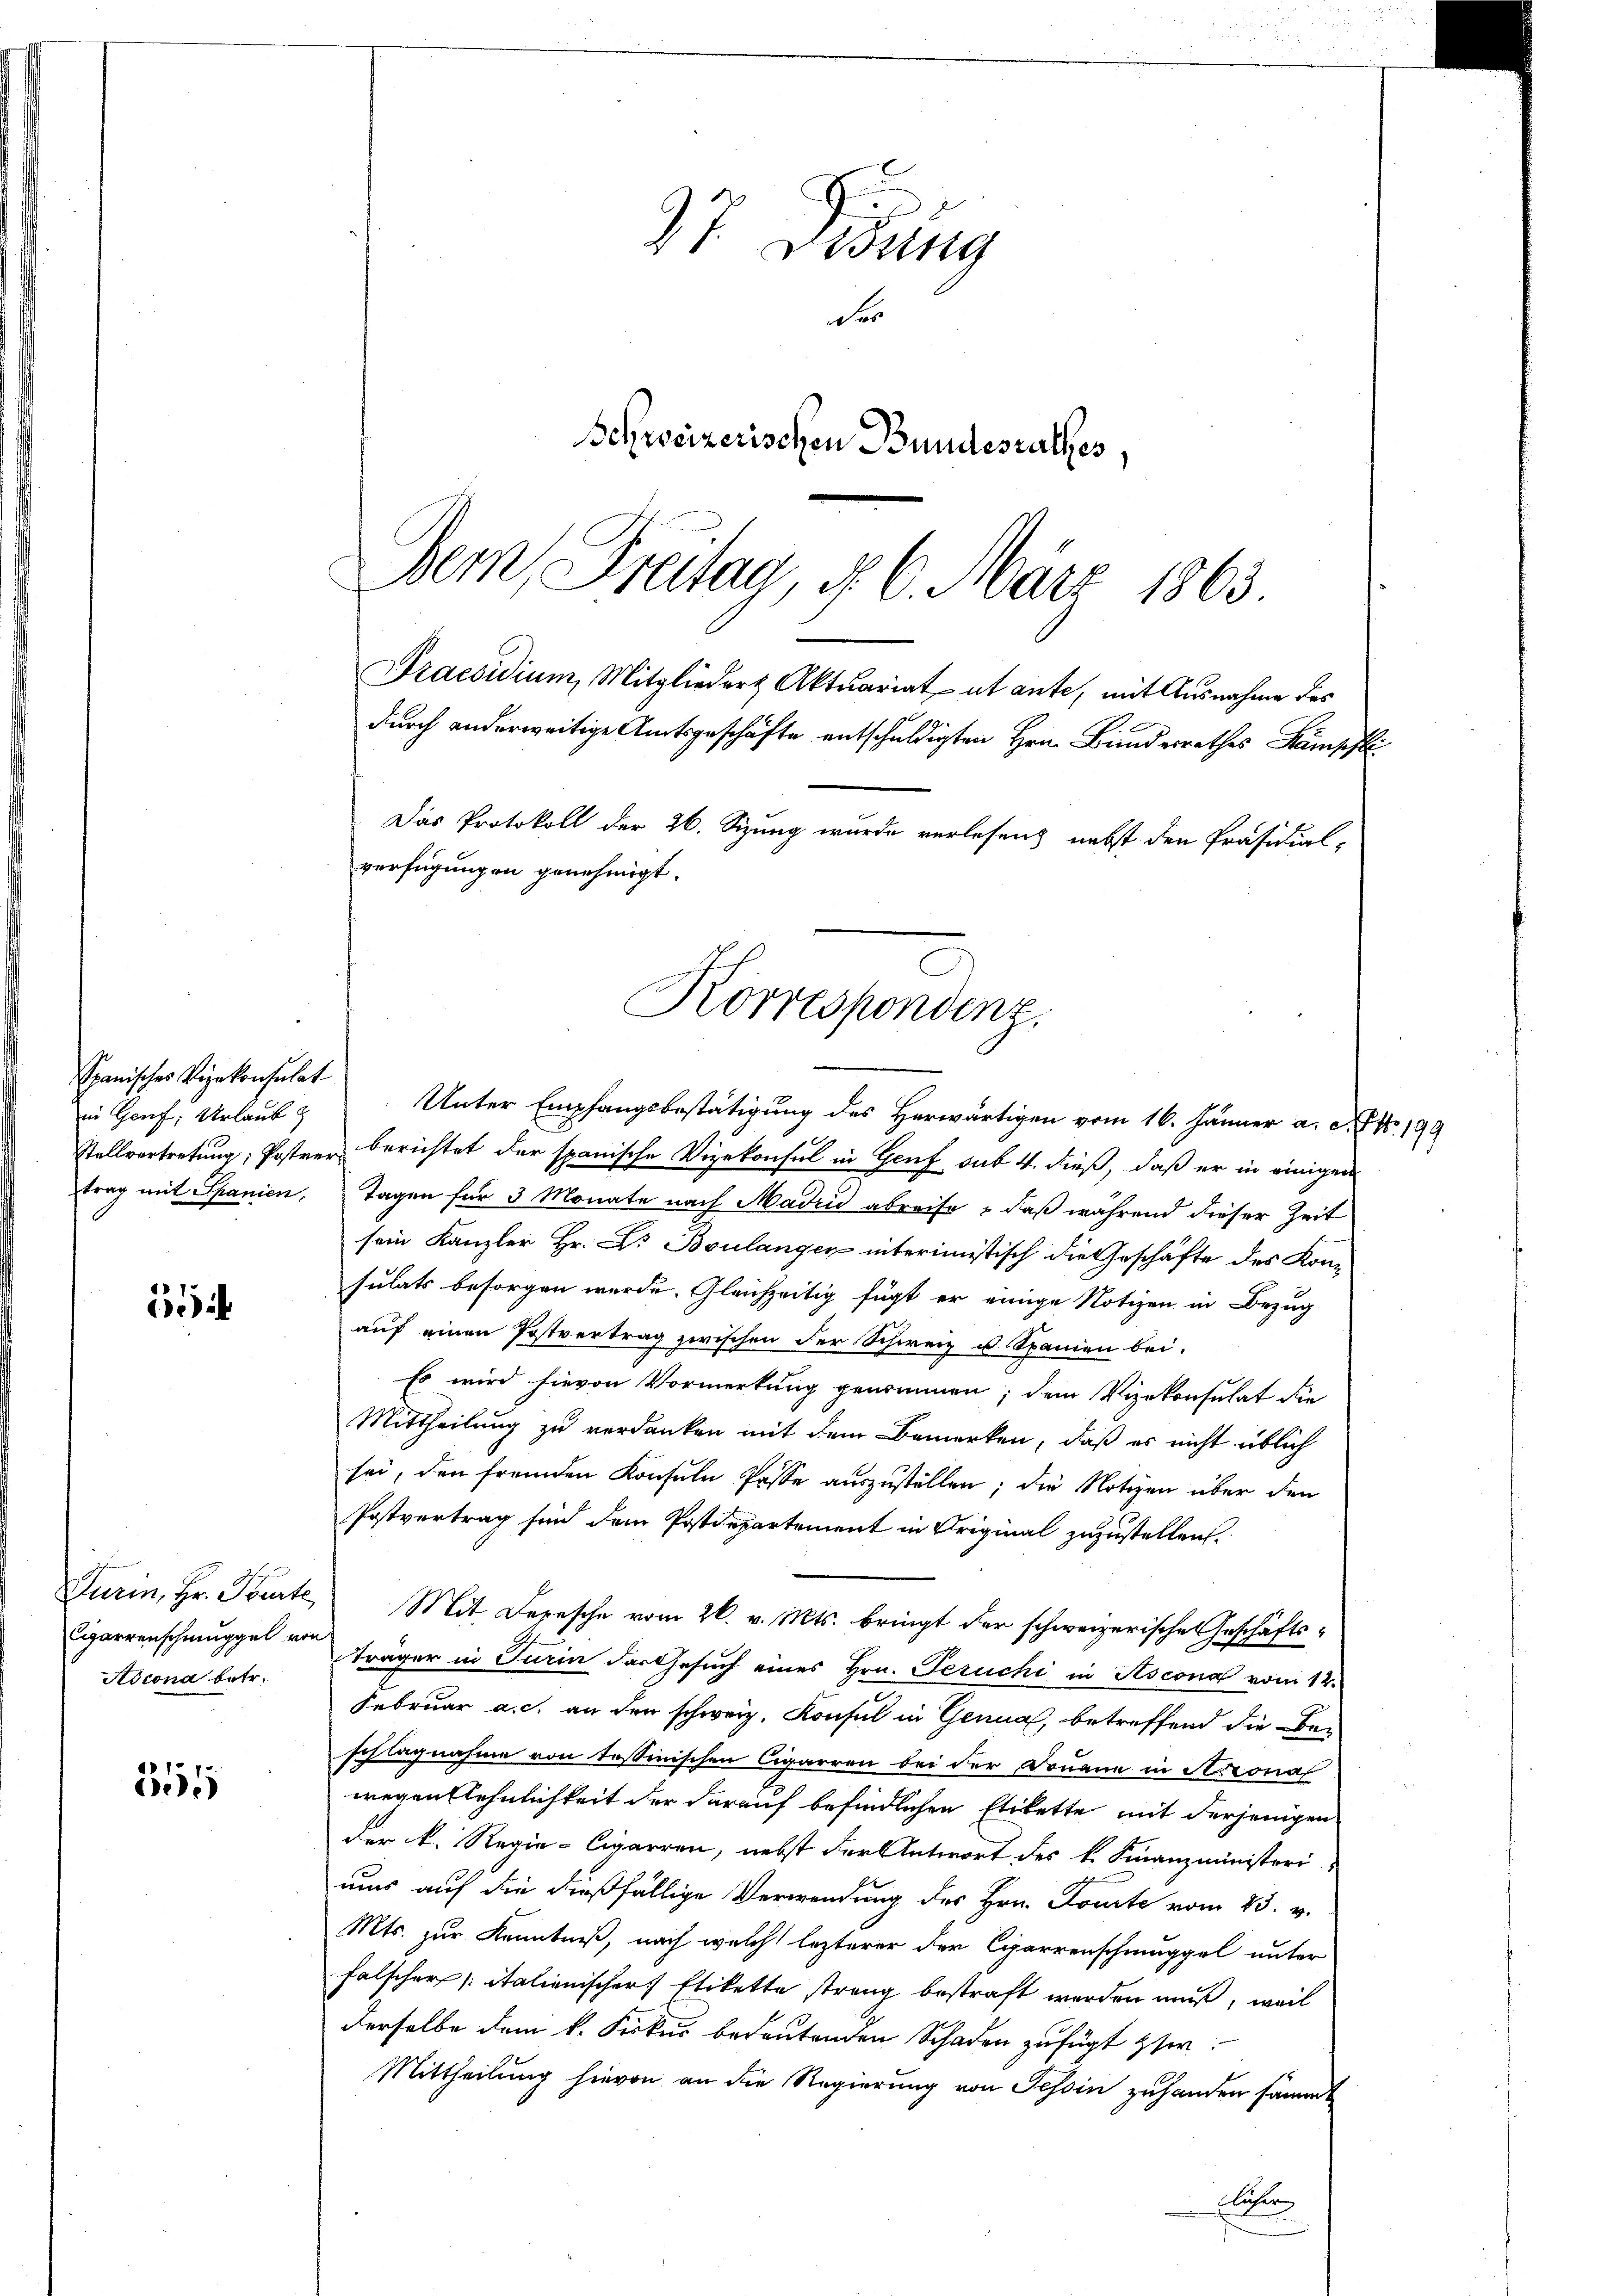
Spanisches Vizekonsulat
in Genf; Urlaub
trag mit Spanien,

65

Cigarrenschmuggel von
Adcona betr.

551

37. Didung
der
Schweizerischen Bundesrathes,

Bern, Freitag, d. 6. März 1863.
Praesidium, Mitglieder Aktuariat ut ante, mit Ausnahme des
durch anderweitige Amtsgeschäfte entschuldigten Hrn. Bundesrathes Kampfli
Das Protokoll der 26. Sizung wurde verlesen nebst den Präsidial-
verfügungen genehmigt.
Korrespondenz.

Unter Empfangsbestätigung des Herwärtigen vom 16. Jänner a. d. J. No. 199
Stellvertretung; Postrer berichtet der spanische Vizekonsul in Genf sub. 4. dieß, daß er in einigen
Tagen für 3 Monate nach Madrid abreise, daß während dieser Zeit
sein Kanzler Hr. Dr Boulangen interimistisch die Geschäfte des Kon
sulats besorgen werde. Gleichzeitig fügt er einige Notizen in Bezug
auf einen Postvertrag zwischen der Schweiz u. Spanien bei.
Es wird hievon Vormerkung genommen; dem Vizekonsulat die
Mittheilung zu verdanken mit dem Bemerken, daß es nicht üblich
sei, den fremden Konsuln Pässe auszustellen; die Notizen über den
Postvertrag sind dem Postdepartement in Original zuzustellen.
Turin, Hr. Tourte Mit Depesche vom 26. v. Mts. bringt der schweizerische Geschäftse
träger in Turin das Gesuch eines Hrn. Peruche in Ascona vom 12.
Februar a. c. an der schweiz. Konsul in Genua, betreffend die Beschlagnahme von Tessinischen Cigarren bei der Donaue in Antonal
wegentlehnlichkeit der darauf befindlichen Etikette mit derjenigen
der k. Regie-Cigarren, nebst der Antwort des k. Finanzministeri
uus auf die dießfällige Verwendung des Hrn. Domite vom 25. v.
Mts. zur Kenntniß, nach welch lezterer der Carrenschmuggel unter
falscher (: italienischer Etikette streng bestraft werden muß, weil
derselbe dem k. Fiskus bedeutenden Schaden zufügt ser
Mittheilung hievon an die Regierung von Tessin zuhanden sämmt
Elter